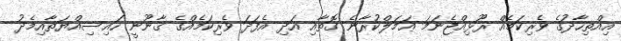
އިއްތިހާދުގެ ވެރިކަމެއް ރޫޅިއްޖެނަމަ ޢަމަލްކުރާނެ ގޮތާއި އަދި އެފަދަ ވެރިކަމެއްގެ ޤާނޫނީ ހައިސިއްޔަތާއިމެދު